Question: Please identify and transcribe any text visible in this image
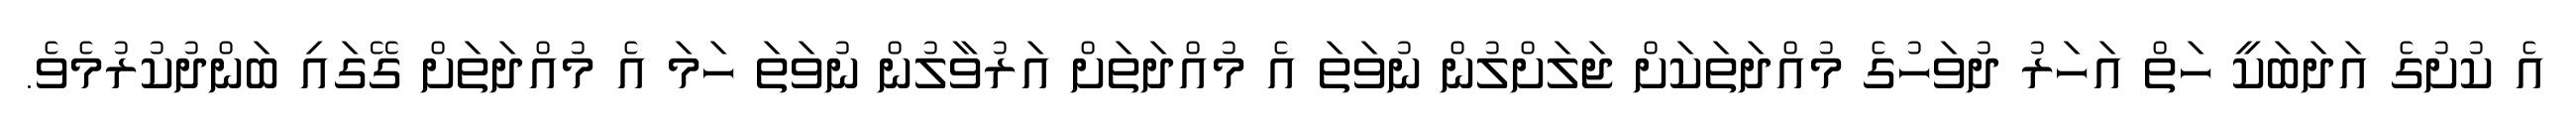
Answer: އެ ކުށުގެ އަދަބަކީ ހަތް އަހަރު ދުވަހުގެ މުއްދަތަކަށް ޖަލަށްލުން ނުވަތަ އެ މުއްދަތަށް އަރުވާލުން ނުވަތަ ހަމަ އެ މުއްދަތަށް ގޭގައި ބަންދުކުރުމެވެ.